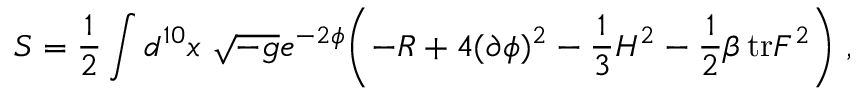
S = { \frac { 1 } { 2 } } \int d ^ { 1 0 } x \ \sqrt { - g } e ^ { - 2 \phi } \biggl ( - R + 4 ( \partial \phi ) ^ { 2 } - { \frac { 1 } { 3 } } H ^ { 2 } - { \frac { 1 } { 2 } } \beta \, \mathrm { t r } F ^ { 2 } \biggr ) \ ,